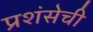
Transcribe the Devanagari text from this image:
प्रशंसेची